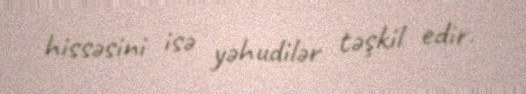
hissəsini isə yəhudilər təşkil edir.